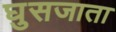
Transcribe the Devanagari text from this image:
घुसजाता